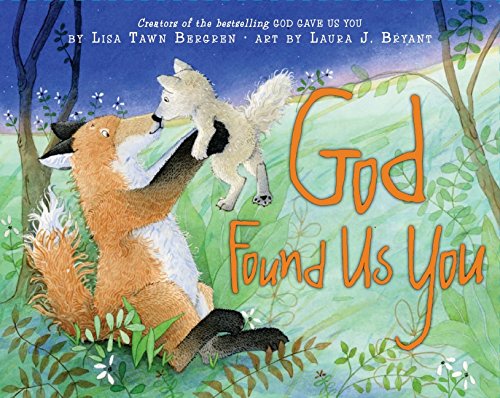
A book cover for God Found Us You (Harperblessings); Lisa Tawn Bergren; Christian Books & Bibles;